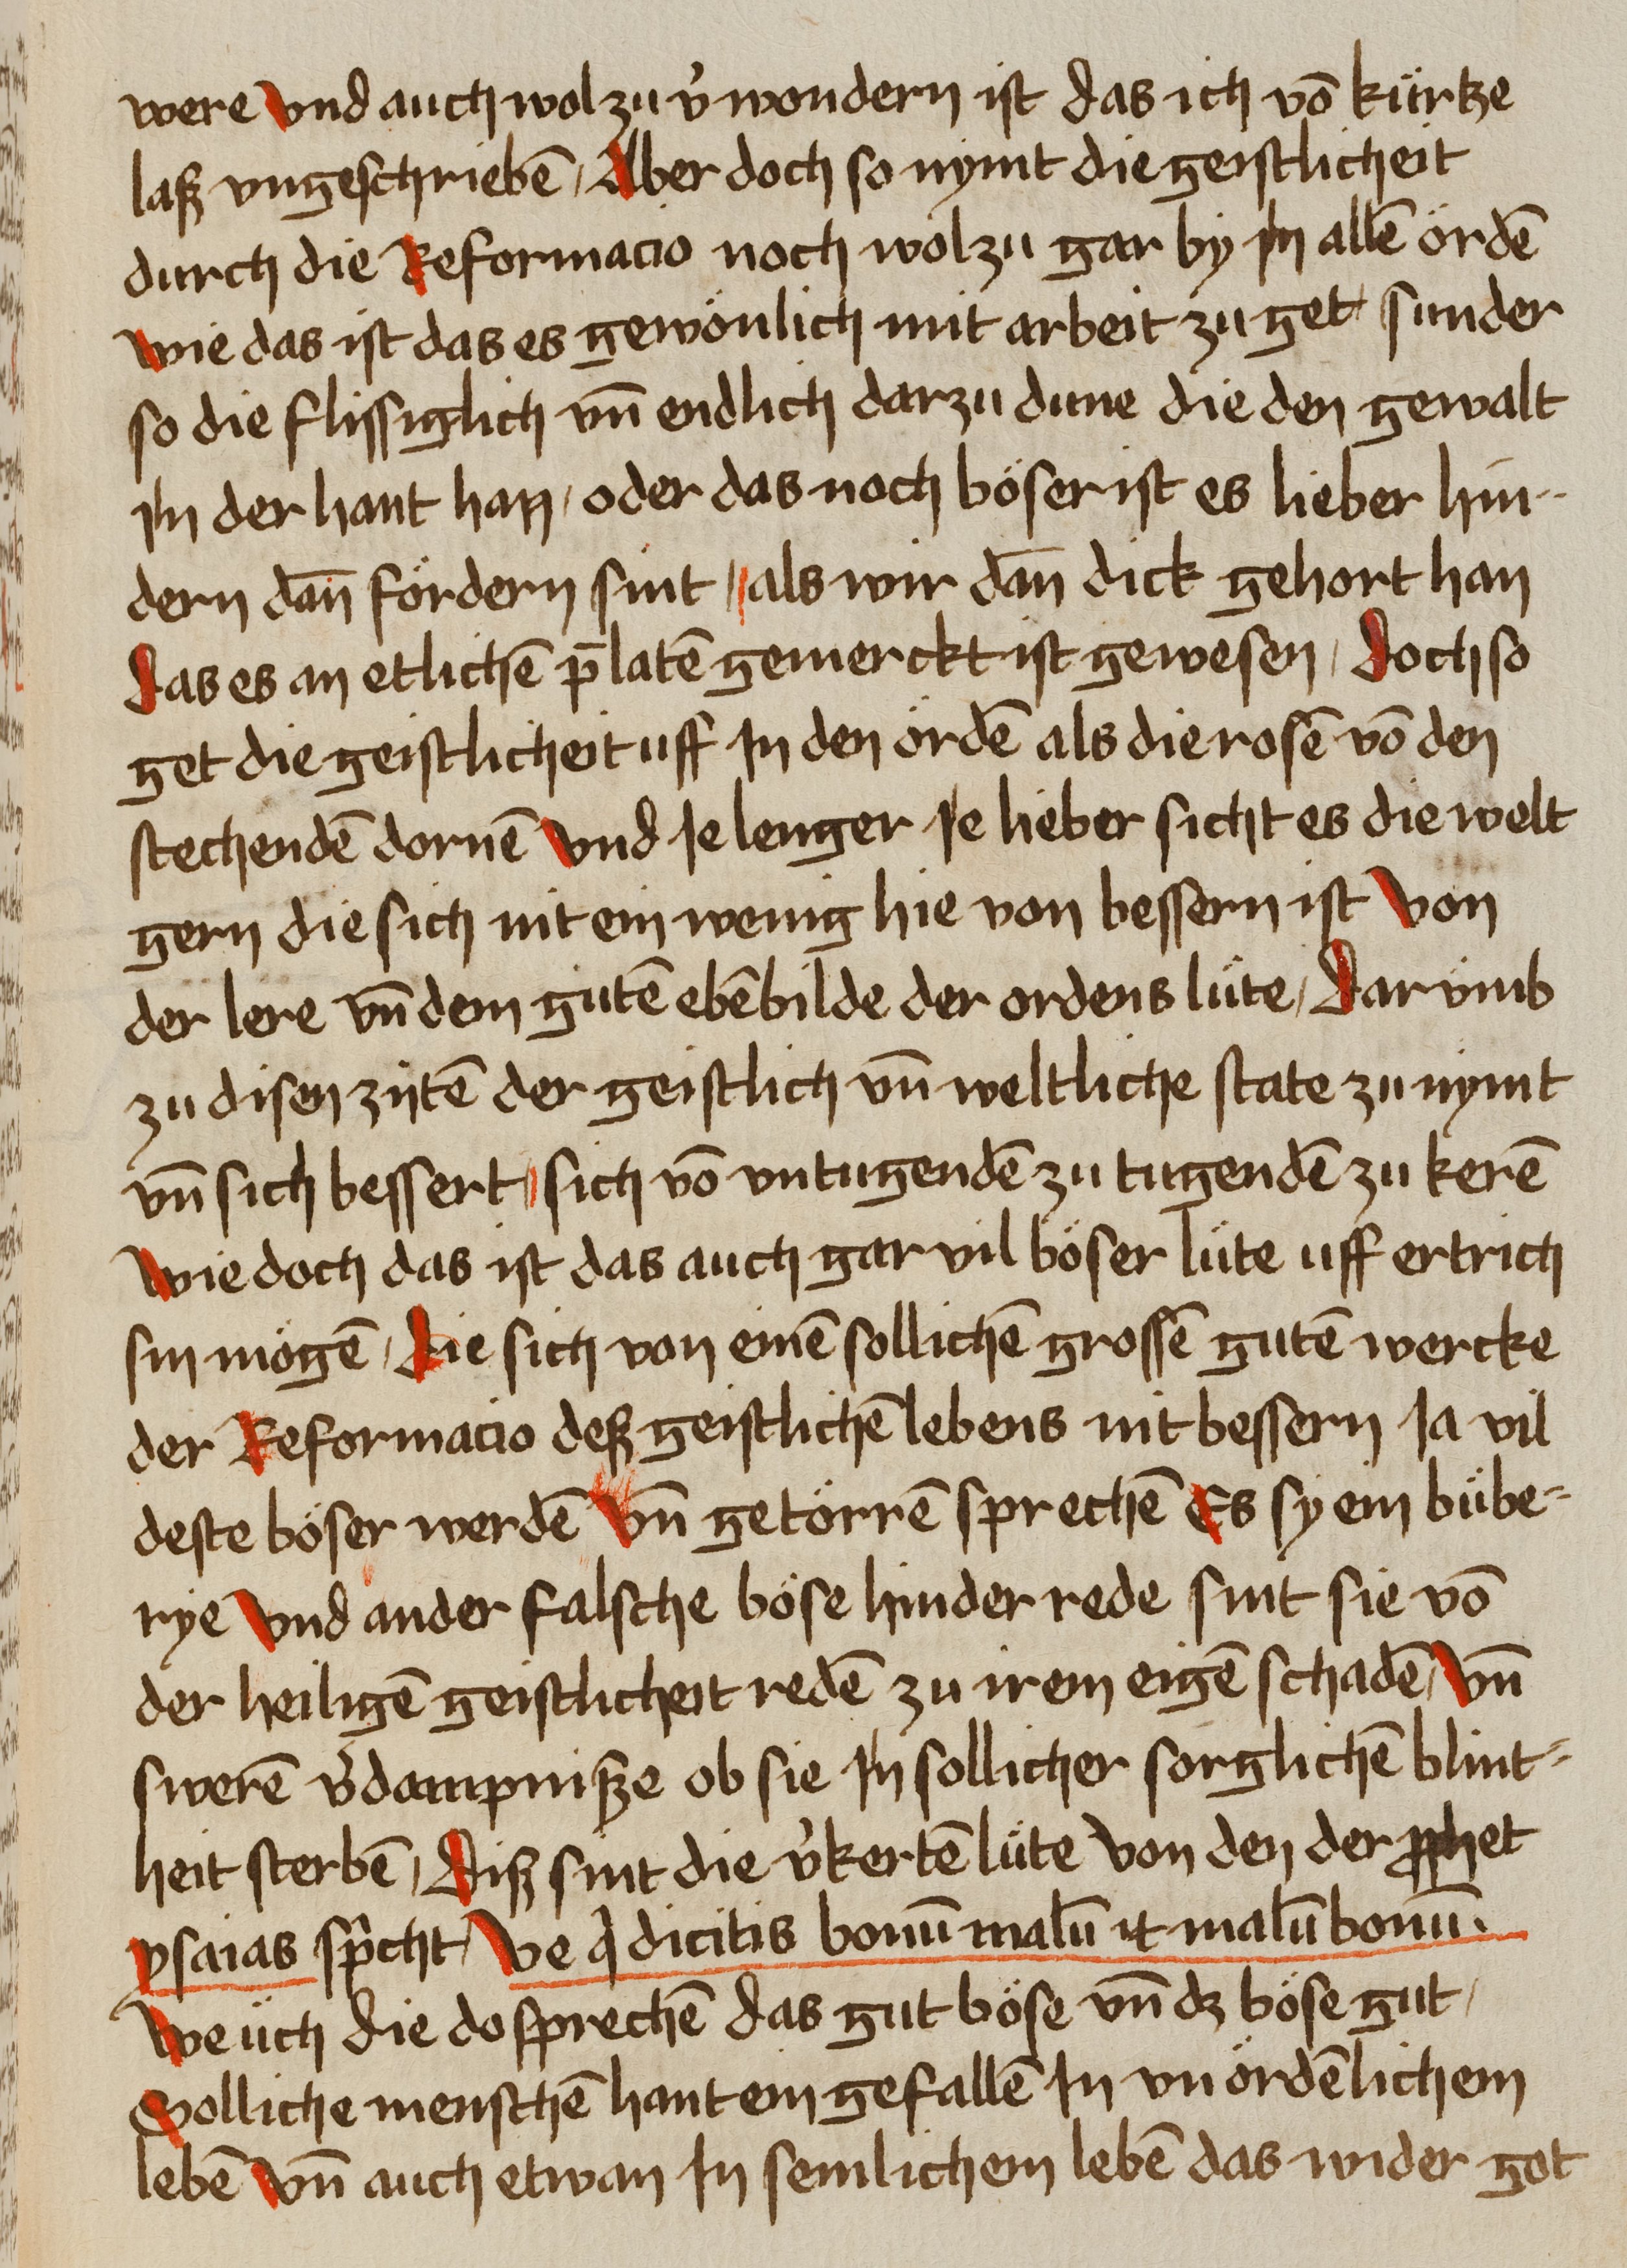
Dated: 1459–1489